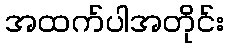
အထက်ပါအတိုင်း